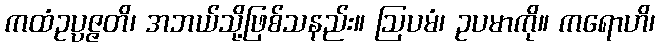
ကထံဥပ္ပဇ္ဇတိ၊ အဘယ်သို့ဖြစ်သနည်း။ ဩပမံ၊ ဥပမာကို။ ကရောဟိ၊